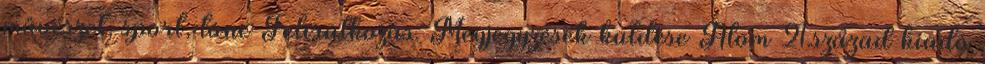
művészet, sport, tánc Feliratkozás: Megjegyzések küldése Atom 21.század kiadó